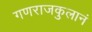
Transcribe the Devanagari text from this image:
गणराजकुलानं